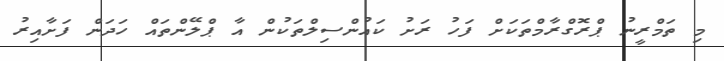
މި ތަމްރީނު ޕްރޮގްރާމްތަކަށް ފަހު ރަށު ކައުންސިލްތަކުން އާ ޕްލޭންތައް ހަދަން ފަށާއިރު